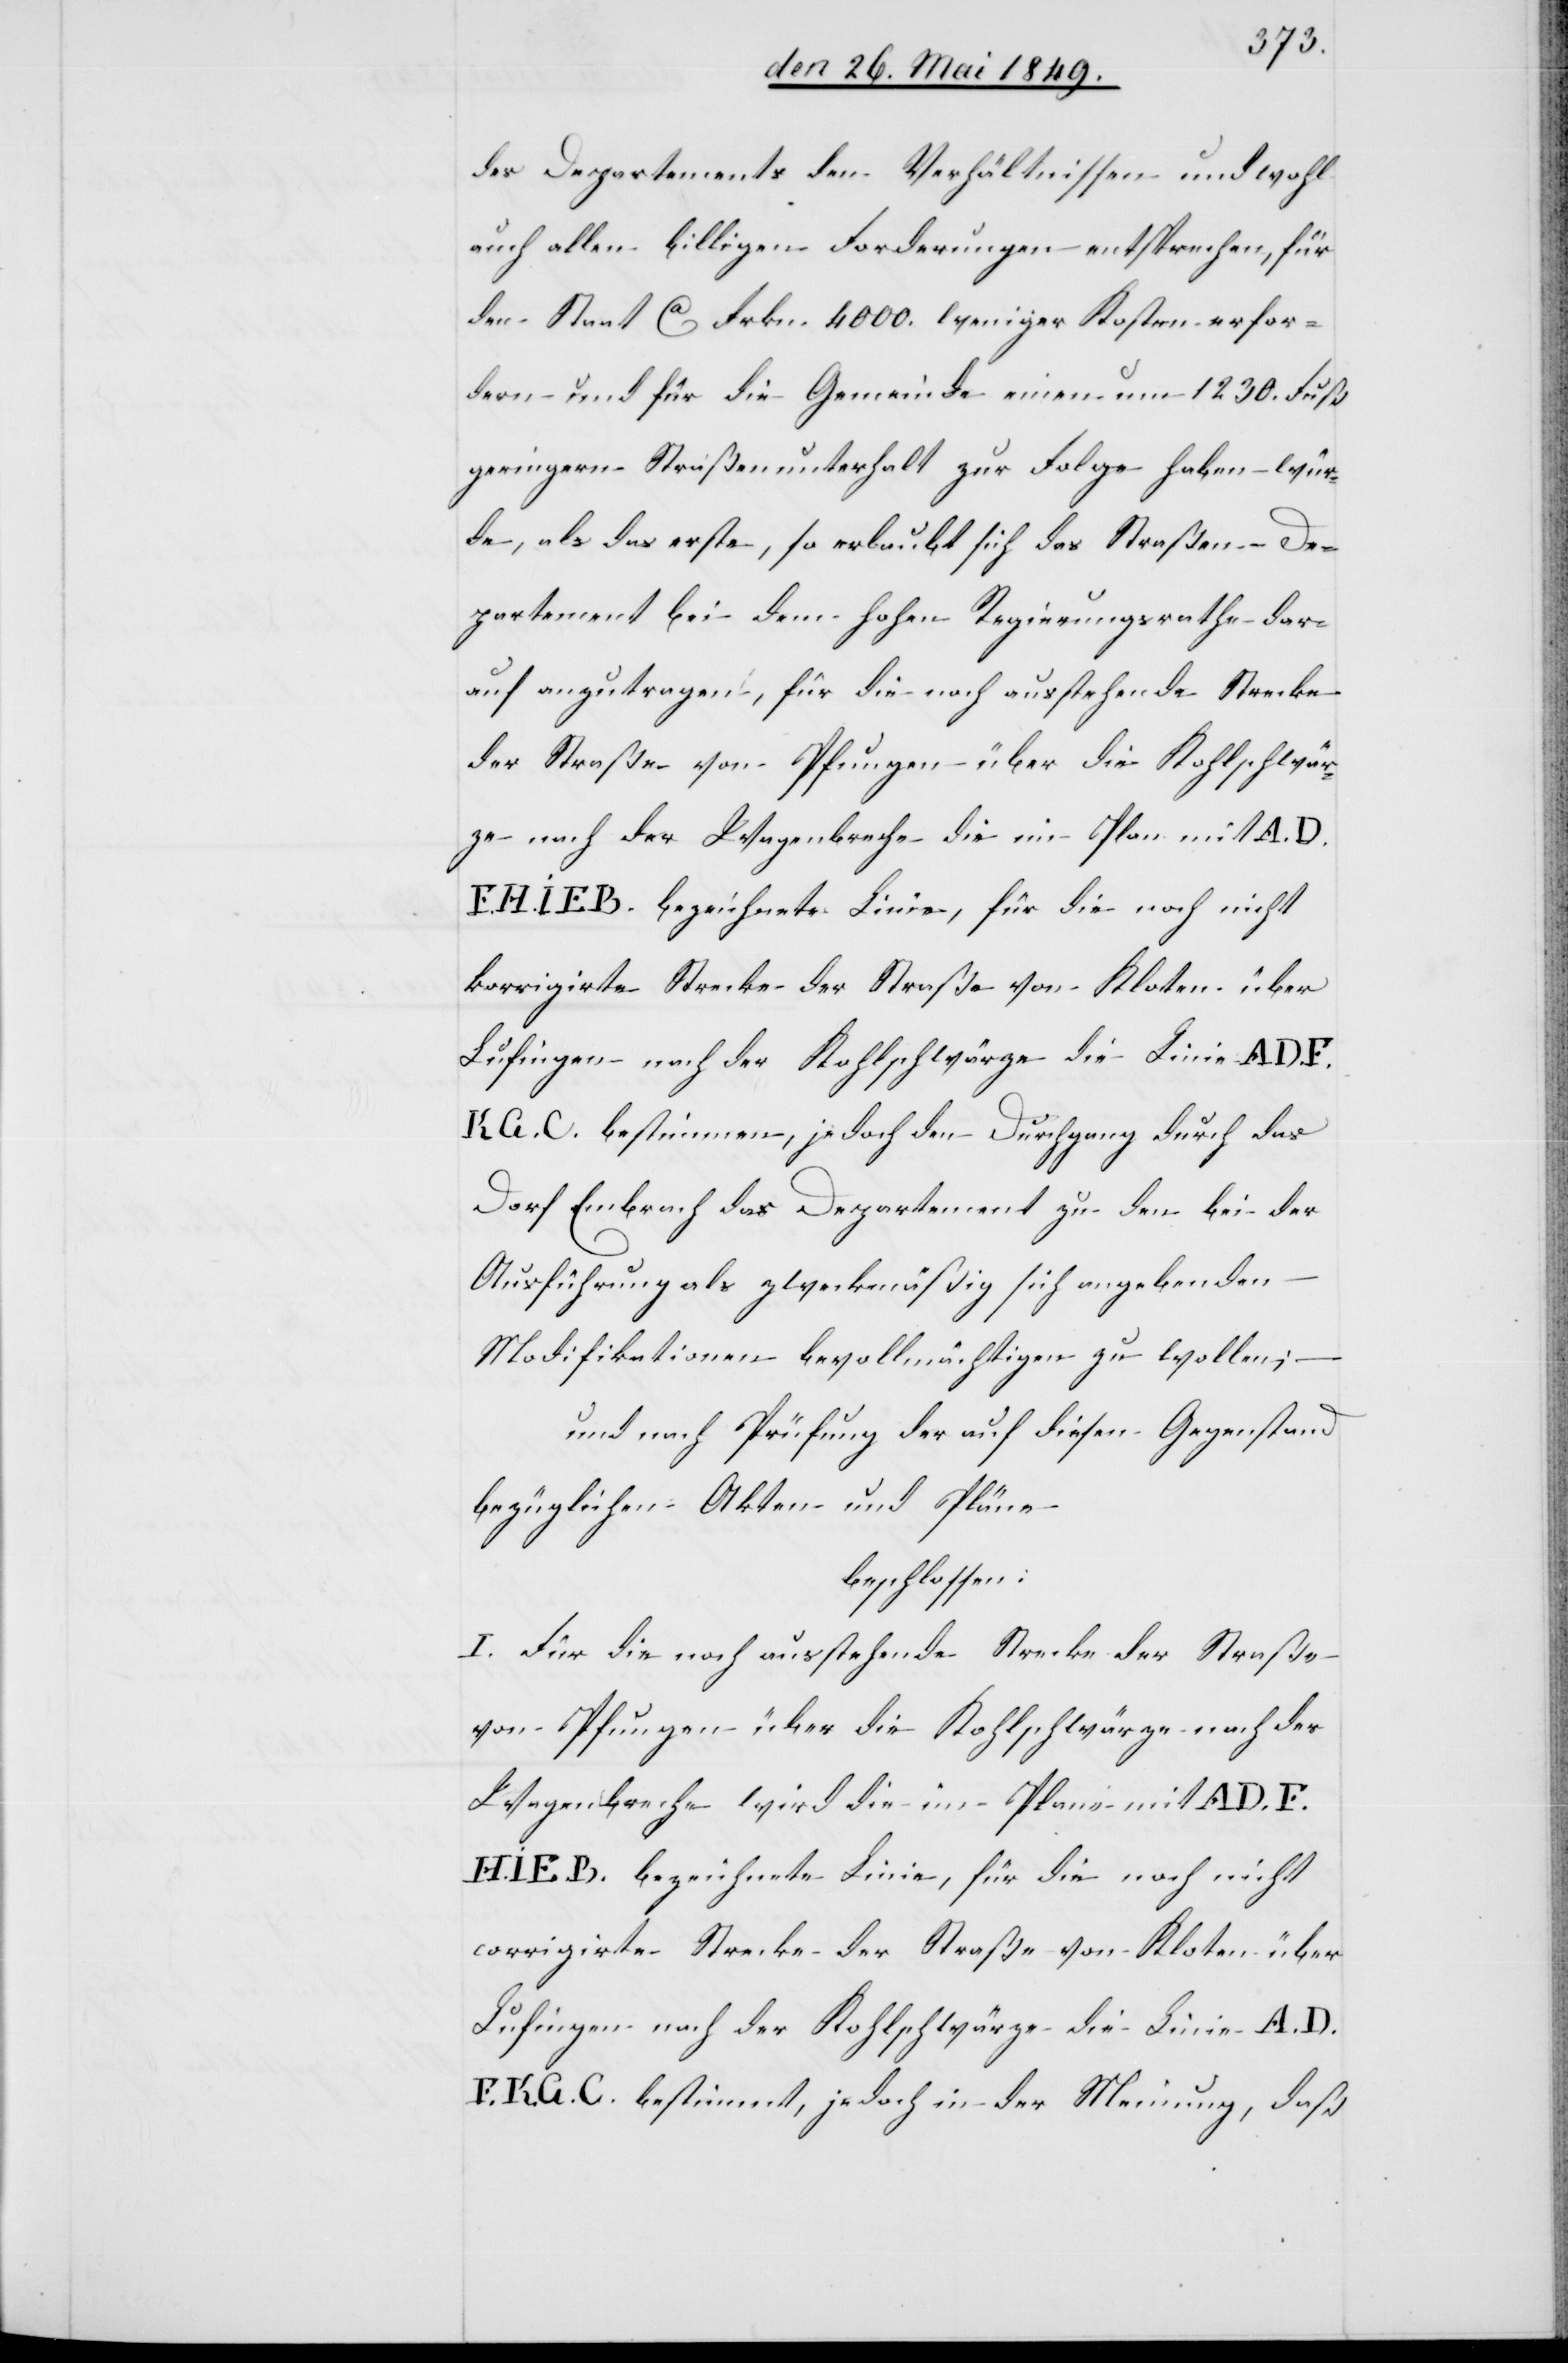
des Departements den Verhältnissen und wohl
auch allen billigen Forderungen entsprechen, für
den Staat ca Frkn. 4000. weniger Kosten erfor¬
dern und für die Gemeinde einen um 1230. Fuß
geringere Straßenunterhalte zur Folge haben wür¬
de, als das erste, so erlaubt sich das Straßen-De¬
partement bei dem hohen Regierungsrathe der¬
auf anzutragen, für die noch ausstehende Strecke
der Straße von Pfungen über die Kohlschwär¬
ze nach der Wagenbreche die im Plan mit A. D.
I. E. B. bezeichnete Linie, für die noch nicht
korrigirte Strecke der Straße von Kloten über
Lufingen nach der Kohlschwärze die Linie A. D.
K. G. C. bestimmen, jedoch den Durchgang durch das
Dorf Embrach das Departement zu den bei der
Ausführung als zweckmäßig sich angebenden
Modifikationen bevollmächtigen zu wollen;
–
und nach Prüfung der auf diesen Gegenstand
bezüglichen Akten und Pläne
beschlossen:
I. Für die noch ausstehende Strecke der Straße
von Pfungen über die Kohlschwärze nach der
Wagenbreche wird die im Plane mit A D.
corrigirte Strecke der Straße von Kloten über
Lufingen nach der Kohlschwärze die Linie A. D.
K. G. C. bestimmt, jedoch in der Meinung, daß